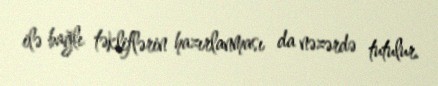
ilə bağlı təkliflərin hazırlanması da nəzərdə tutulur.